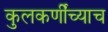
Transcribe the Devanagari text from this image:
कुलकर्णींच्याच